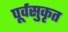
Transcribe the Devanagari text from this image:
पूर्वसुकृत